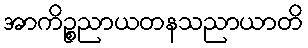
အာကိဉ္စညာယတနသညာယာတိ